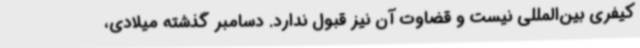
کیفری بین‌المللی نیست و قضاوت آن نیز قبول ندارد. دسامبر گذشته میلادی،